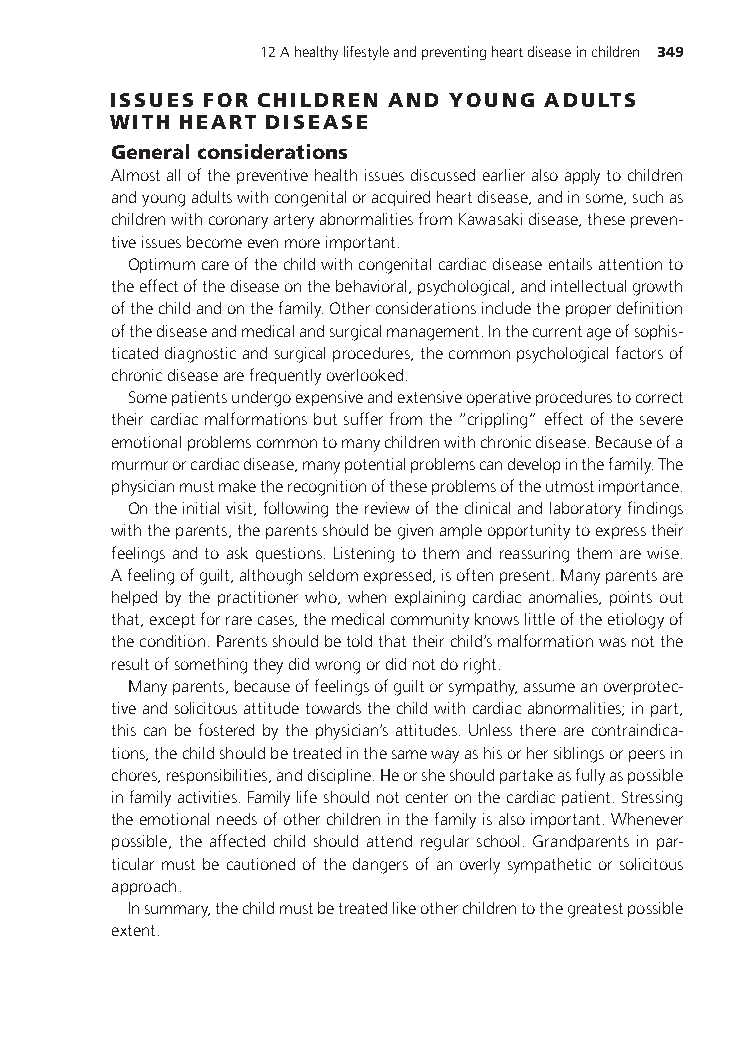
12Ahealthylifestyleandpreventingheartdiseaseinchildren 349
 ISSUES FOR CHILDREN AND YOUNG ADULTS
 WITH HEART DISEASE
 Generalconsiderations
 Almostallofthepreventivehealthissuesdiscussedearlieralsoapplytochildren
 andyoungadultswithcongenitaloracquiredheartdisease,andinsome,suchas
 childrenwithcoronaryarteryabnormalitiesfromKawasakidisease,thesepreven-
 tiveissuesbecomeevenmoreimportant.
 Optimumcareofthechildwithcongenitalcardiacdiseaseentailsattentionto
 theeffectofthediseaseonthebehavioral,psychological,andintellectualgrowth
 ofthechildandonthefamily.Otherconsiderationsincludetheproperdefinition
 ofthediseaseandmedicalandsurgicalmanagement.Inthecurrentageofsophis-
 ticateddiagnosticandsurgicalprocedures,thecommonpsychologicalfactorsof
 chronicdiseasearefrequentlyoverlooked.
 Somepatientsundergoexpensiveandextensiveoperativeprocedurestocorrect
 theircardiacmalformationsbutsufferfromthe“crippling”effectofthesevere
 emotionalproblemscommontomanychildrenwithchronicdisease.Becauseofa
 murmurorcardiacdisease,manypotentialproblemscandevelopinthefamily.The
 physicianmustmaketherecognitionoftheseproblemsoftheutmostimportance.
 Ontheinitialvisit,followingthereviewoftheclinicalandlaboratoryfindings
 withtheparents,theparentsshouldbegivenampleopportunitytoexpresstheir
 feelingsandtoaskquestions.Listeningtothemandreassuringthemarewise.
 Afeelingofguilt,althoughseldomexpressed,isoftenpresent.Manyparentsare
 helped by the practitionerwho, when explainingcardiac anomalies, points out
 that,exceptforrarecases,themedicalcommunityknowslittleoftheetiologyof
 thecondition.Parentsshouldbetoldthattheirchild’smalformationwasnotthe
 resultofsomethingtheydidwrongordidnotdoright.
 Manyparents,becauseoffeelingsofguiltorsympathy,assumeanoverprotec-
 tiveandsolicitousattitudetowardsthechildwithcardiacabnormalities;inpart,
 this can be fostered by the physician’s attitudes. Unless there are contraindica-
 tions,thechildshouldbetreatedinthesamewayashisorhersiblingsorpeersin
 chores,responsibilities,anddiscipline.Heorsheshouldpartakeasfullyaspossible
 infamilyactivities.Familylifeshouldnotcenteronthecardiacpatient.Stressing
 theemotionalneedsofotherchildreninthefamilyisalsoimportant.Whenever
 possible, the affected child should attend regular school. Grandparents in par-
 ticularmustbecautionedofthedangersofanoverlysympatheticorsolicitous
 approach.
 Insummary,thechildmustbetreatedlikeotherchildrentothegreatestpossible
 extent.